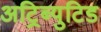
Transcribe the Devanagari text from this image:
अट्रिब्युटिड